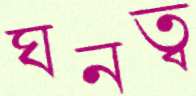
ঘনত্ব